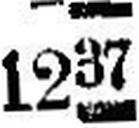
1237